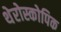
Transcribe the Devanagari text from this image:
थेरोस्कोपिक